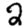
Digit: 2